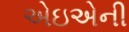
એઇએની